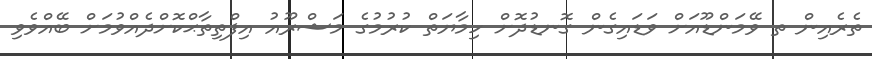
ތެރެއިން ތ ވޭމަންޑޫއަށް ވަޑައިގެން ގޮނޑުދޮށް ހިމާޔަތް ކުރުމުގެ މަޝްރޫއު އިފްތިތާޙްކޮށްދެއްވުމަށް ބޭއްވެވި